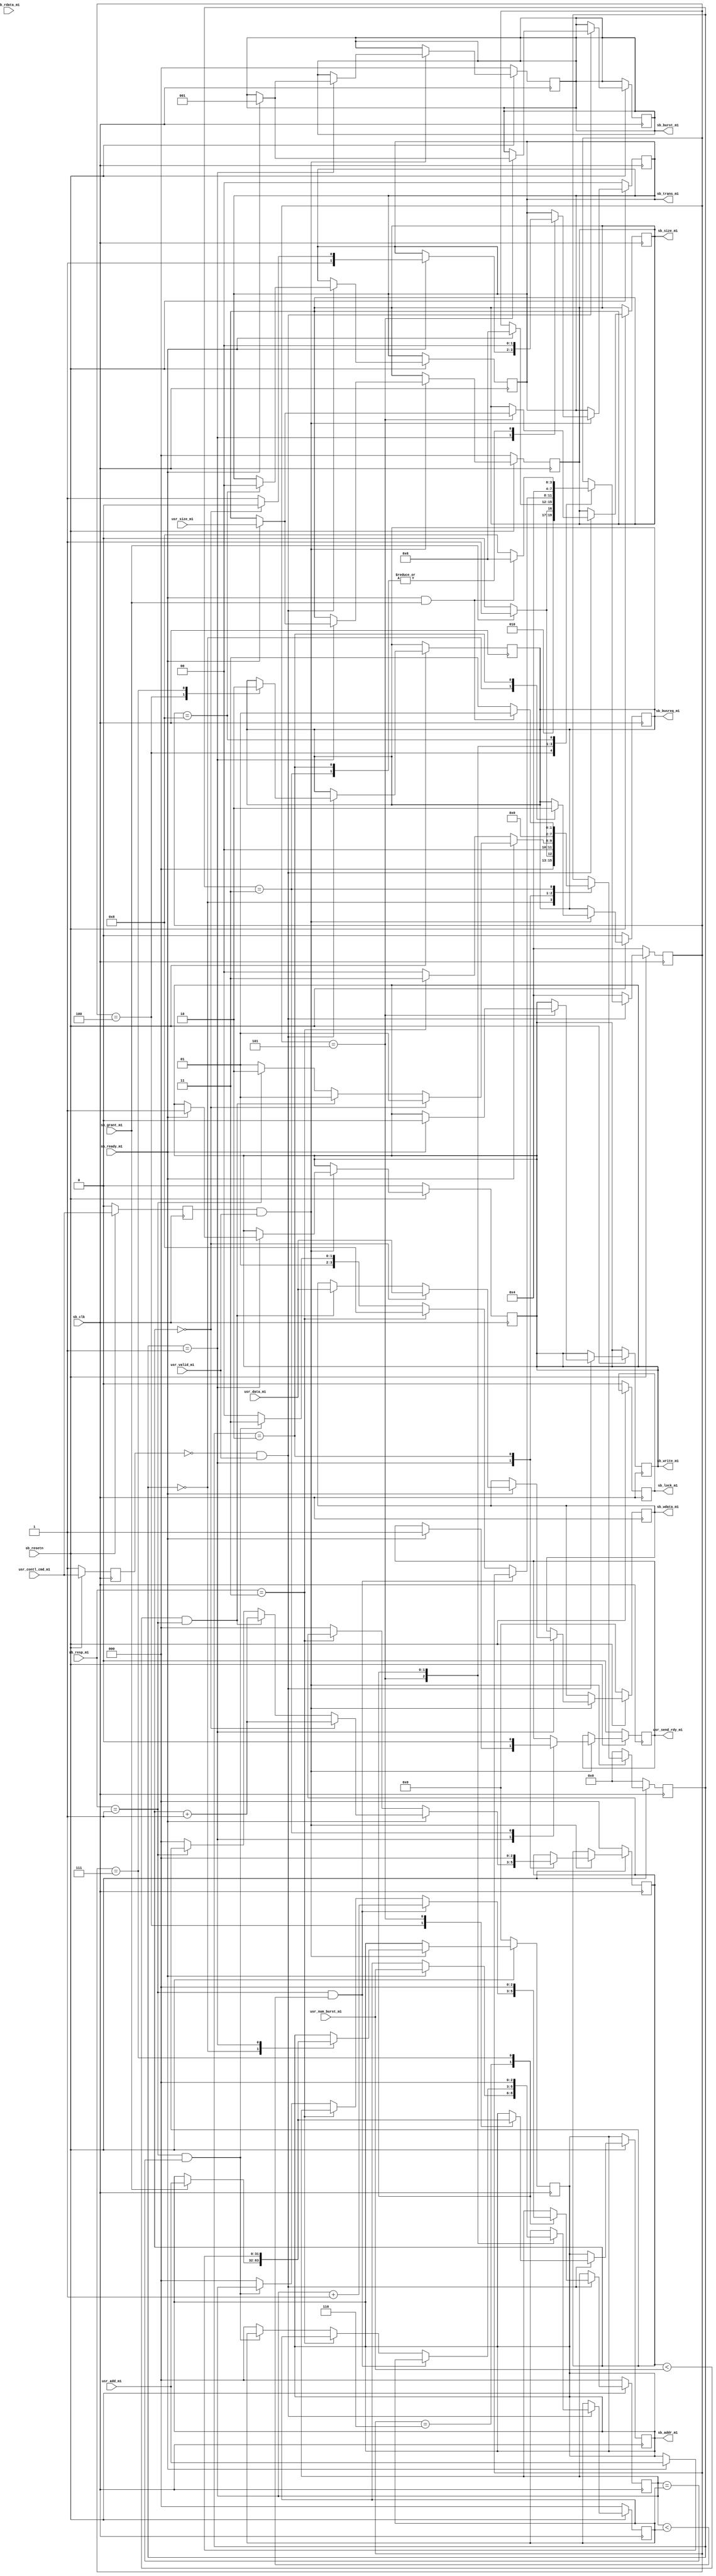
`timescale 1ns / 1ps
//////////////////////////////////////////////////////////////////////////////////
// Company: 
// Engineer: 
// 
// Design Name: 
// Module Name: SBmaster1
// Project Name: 
// Target Devices: 
// Tool Versions: 
// Description: 
// 
// Dependencies: 
// 
// Revision:
// Revision 0.01 - File Created
// Additional Comments:
// 
//////////////////////////////////////////////////////////////////////////////////


module SBmaster1(
 sb_resetn,
 sb_clk,
 
 sb_grant_m1,
 sb_ready_m1,
 sb_resp_m1,
 sb_rdata_m1,
 
 sb_busreq_m1,
 sb_lock_m1,
 sb_trans_m1,
 sb_addr_m1,
 sb_write_m1,
 sb_size_m1,
 sb_burst_m1,
 sb_wdata_m1,
 
 // user interface for testing
  usr_contl_cmd_m1,
  usr_size_m1,
  usr_data_m1,
  usr_num_burst_m1,
  usr_add_m1,
  usr_valid_m1,
  
  usr_send_rdy_m1
    );
//---------------------------------------------------------------------------------------------------------------------
// parameter definitions
//---------------------------------------------------------------------------------------------------------------------
    
//---------------------------------------------------------------------------------------------------------------------
// localparam definitions
//---------------------------------------------------------------------------------------------------------------------
 
    localparam                          SB_ADDR_WIDTH         		= 32;                             
    localparam                          SB_TRAS_TYPE          		= 2;
    localparam   					    SB_TRANS_SIZE         		= 3;
    localparam                          SB_BURST_NUM          		= 3;
    localparam                          SB_WDATA_WIDTH        		= 32;
	localparam                          SB_RDATA_WIDTH        		= 32;
	localparam                          SB_RESP_TYPE          		= 2;
	localparam               			RESP_STATE_WIDTH 	  		= 2;
	localparam [RESP_STATE_WIDTH-1:0] 	SPLIT  				  		= 3;
	localparam [RESP_STATE_WIDTH-1:0] 	OKAY   						= 1;
	localparam [RESP_STATE_WIDTH-1:0] 	ERROR  						= 2;


    
	localparam [SB_BURST_NUM-1:0]     	INCR		             	= 1;
	
	localparam [RESP_STATE_WIDTH-1:0] 	IDLE   						= 0;
	localparam [RESP_STATE_WIDTH-1:0] 	BUSY   						= 1;
	localparam [RESP_STATE_WIDTH-1:0] 	NONSEQ 						= 2;
	localparam [RESP_STATE_WIDTH-1:0] 	SEQ    						= 3;
	
	localparam 							STATE_WIDTH      			= 4;
        	
	localparam [STATE_WIDTH-1:0]			STATE_INIT_BUS_REQ		= 0;
	localparam [STATE_WIDTH-1:0]			STATE_WR_CONTRL   		= 1;   
	localparam [STATE_WIDTH-1:0]			STATE_WR_FINISH   		= 2;
	localparam [STATE_WIDTH-1:0]			STATE_SPLIT_OCCUR 		= 3;
	localparam [STATE_WIDTH-1:0]			STATE_INIT_BUS_RD_REQ 	= 4;
	localparam [STATE_WIDTH-1:0]			STATE_RD_CONTRL			= 5;
	localparam [STATE_WIDTH-1:0]			STATE_RD_DATA			= 6;
	localparam [STATE_WIDTH-1:0]			STATE_RD_FINISH			= 7;
	localparam [STATE_WIDTH-1:0]			STATE_SPLIT_RDOCCUR		= 8;
//------------------------------			---------------------------------------------------------------------------------------
// I/O signals
//---------------------------------------------------------------------------------------------------------------------

    input                                   sb_clk;
    input                                   sb_resetn;


    // axi4 stream rx interface (connection to donwstream module)
    input							       sb_grant_m1;
    input               				   sb_ready_m1;
    input       [SB_RESP_TYPE-1:0]         sb_resp_m1;
    input       [SB_RDATA_WIDTH-1:0]       sb_rdata_m1;
	
    output reg     	                       sb_busreq_m1;
    output reg      	   				   sb_lock_m1;
    output reg  [SB_TRAS_TYPE-1:0]  	   sb_trans_m1;
	output reg  [SB_ADDR_WIDTH-1:0] 	   sb_addr_m1;
	output reg                             sb_write_m1;
	output reg  [SB_TRANS_SIZE-1:0]        sb_size_m1;
	output reg  [SB_BURST_NUM-1:0]         sb_burst_m1;
	output reg  [SB_WDATA_WIDTH-1:0]       sb_wdata_m1;   

    input                                  usr_contl_cmd_m1;
	input 		[SB_TRANS_SIZE-1:0]		   usr_size_m1;
	input		[SB_WDATA_WIDTH-1:0]	   usr_data_m1;
	input		[SB_TRANS_SIZE-1:0]        usr_num_burst_m1;
	input 		[SB_ADDR_WIDTH-1:0]        usr_add_m1;
	input                                  usr_valid_m1;
										   
	output reg							   usr_send_rdy_m1;
	//output reg usr_stop;
	
	

	reg [STATE_WIDTH-1:0]                                  wr_state;
	reg [STATE_WIDTH-1:0]                     			   rd_state;
	reg [SB_TRANS_SIZE-1:0]				   beat_counter;
	reg wr_en;
	reg rd_en;
	reg [SB_TRANS_SIZE-1:0]     num_burst;
	reg [SB_TRANS_SIZE-1:0]    current_read_burst;
	reg [SB_RDATA_WIDTH-1:0]	rd_data;
	
	always @(posedge sb_clk)begin
		if(!sb_resetn)begin
			beat_counter <= {SB_TRANS_SIZE*{1'b0}};
			usr_send_rdy_m1 <= 1'b0;
			wr_en <= 1'b0;
			wr_state <= STATE_INIT_BUS_REQ;
			sb_busreq_m1<= {1'b0};
			sb_lock_m1	<= {1'b0};
			sb_trans_m1	<= {SB_TRAS_TYPE*{1'b0}};
			sb_addr_m1	<= {SB_ADDR_WIDTH*{1'b0}};
			sb_write_m1	<= {1'b0};
			sb_size_m1	<= {SB_TRANS_SIZE*{1'b0}};
			sb_burst_m1	<= {SB_BURST_NUM*{1'b0}};
			sb_wdata_m1	<= {SB_WDATA_WIDTH*{1'b0}}; 
			//usr_stop <=1'b0;
		end
		else begin
			wr_en <= usr_contl_cmd_m1;
			if(wr_en && usr_valid_m1) begin
			case(wr_state)
				STATE_INIT_BUS_REQ : begin
					sb_busreq_m1 <= 1'b1;
					if(sb_grant_m1)begin
					wr_state  <= STATE_WR_CONTRL;
					sb_addr_m1	<= usr_add_m1;
					end
					else begin
						wr_state  <= STATE_INIT_BUS_REQ;
					end
				end
				STATE_WR_CONTRL	: begin
					if(sb_ready_m1)begin
						sb_addr_m1	<= usr_add_m1;
						sb_write_m1	<= 1'b1;
						sb_size_m1	<= usr_size_m1;
						sb_burst_m1	<= INCR;
						usr_send_rdy_m1 <= 1'b1;  // indicate the user to send data
						if(beat_counter==3'b0) begin
							sb_wdata_m1	<= usr_data_m1;
							beat_counter<= beat_counter+1;
							wr_state  <= STATE_WR_CONTRL;
						end
						else if(beat_counter < usr_num_burst_m1 && sb_resp_m1==OKAY)begin
							sb_wdata_m1	<= usr_data_m1;
							beat_counter<= beat_counter+1;
							wr_state  <= STATE_WR_CONTRL;
						end	
						else begin
							if(sb_resp_m1==OKAY) begin
								wr_state  <= STATE_WR_FINISH;
							end
							else begin
								wr_state  <= STATE_WR_CONTRL;
								beat_counter <= {SB_TRANS_SIZE*{1'b0}};
							end
						end
						if(beat_counter==3'b0)begin
							sb_trans_m1 <= NONSEQ;
						end
						else begin
							sb_trans_m1 <= SEQ;
						end
					end
					else begin
						if(sb_resp_m1==SPLIT) begin
							wr_state  <= STATE_SPLIT_OCCUR;
						end
						else begin
							wr_state <= STATE_INIT_BUS_REQ;
							beat_counter <= {SB_TRANS_SIZE*{1'b0}};
						end
					end
				end
				STATE_WR_FINISH	: begin
					wr_state  <= STATE_INIT_BUS_REQ;
					sb_trans_m1 <= IDLE;
					beat_counter <= {SB_TRANS_SIZE*{1'b0}};
					sb_busreq_m1 <= 1'b0;
					//usr_stop <=1'b1;
				end
				STATE_SPLIT_OCCUR : begin
					sb_trans_m1 <= IDLE;
					usr_send_rdy_m1 <= 1'b0;
					if(sb_ready_m1 && sb_grant_m1) begin
						wr_state <=STATE_WR_CONTRL; 
					end
					else begin
						wr_state <=STATE_SPLIT_OCCUR;
					end
				end
			endcase
			end
			else begin
				wr_state <= STATE_INIT_BUS_REQ;
			end
		end
	end
	
	always @(posedge sb_clk)begin
		if(!sb_resetn)begin
			rd_en <=1'b1;
			current_read_burst <= {SB_TRANS_SIZE*{1'b0}};
			num_burst <= {SB_TRANS_SIZE*{1'b0}};
			rd_state<=STATE_INIT_BUS_RD_REQ;
		end
		else begin
			rd_en <= usr_contl_cmd_m1;
			if(!rd_en && usr_valid_m1) begin
			case(rd_state) 
				STATE_INIT_BUS_RD_REQ : begin
					sb_busreq_m1 <= 1'b1;
					if(sb_grant_m1)begin
					rd_state  <= STATE_RD_CONTRL;
					sb_addr_m1	<= usr_add_m1;
					end
					else begin
						rd_state  <= STATE_INIT_BUS_RD_REQ;
					end
				end
				STATE_RD_CONTRL	: begin
					if(sb_ready_m1)begin
						sb_addr_m1	<= usr_add_m1;
						sb_write_m1	<= 1'b0;
						sb_size_m1	<= usr_size_m1;
						sb_burst_m1	<= INCR;
						rd_state  <= STATE_RD_DATA;
						num_burst<= usr_num_burst_m1;
			        end
				end
				STATE_RD_DATA	: begin
					if(sb_resp_m1==OKAY && current_read_burst<num_burst)begin
						rd_data <= sb_rdata_m1;
						current_read_burst<=current_read_burst+1;
					end
					else if(sb_resp_m1==SPLIT) begin
						rd_state  <= STATE_SPLIT_RDOCCUR;
					end
					else if(sb_resp_m1==OKAY && current_read_burst==num_burst) begin
						rd_state  <= STATE_RD_FINISH;
					end
					else begin
						rd_state  <= STATE_INIT_BUS_RD_REQ;
						current_read_burst <= {SB_TRANS_SIZE*{1'b0}};
						num_burst <= {SB_TRANS_SIZE*{1'b0}};
					end
				end
				STATE_RD_FINISH	: begin
					rd_state  <= STATE_INIT_BUS_RD_REQ;
					current_read_burst <= {SB_TRANS_SIZE*{1'b0}};
					num_burst <= {SB_TRANS_SIZE*{1'b0}};
					sb_busreq_m1 <= 1'b0;
				end
				STATE_SPLIT_RDOCCUR : begin
					sb_trans_m1 <= IDLE;
					if(sb_ready_m1 && sb_grant_m1) begin
						rd_state <=STATE_RD_DATA; 
					end
					else begin
						rd_state <=STATE_SPLIT_RDOCCUR;
					end
				end
			endcase
				
			end
			else begin
				rd_state<=STATE_INIT_BUS_RD_REQ;
			end
	    end
	end
endmodule